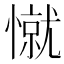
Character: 憱